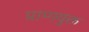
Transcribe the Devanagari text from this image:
प्राणयुक्त